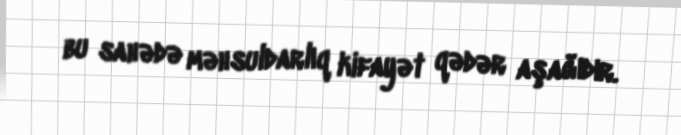
bu sahədə məhsuldarlıq kifayət qədər aşağıdır.